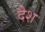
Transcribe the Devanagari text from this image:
देेश